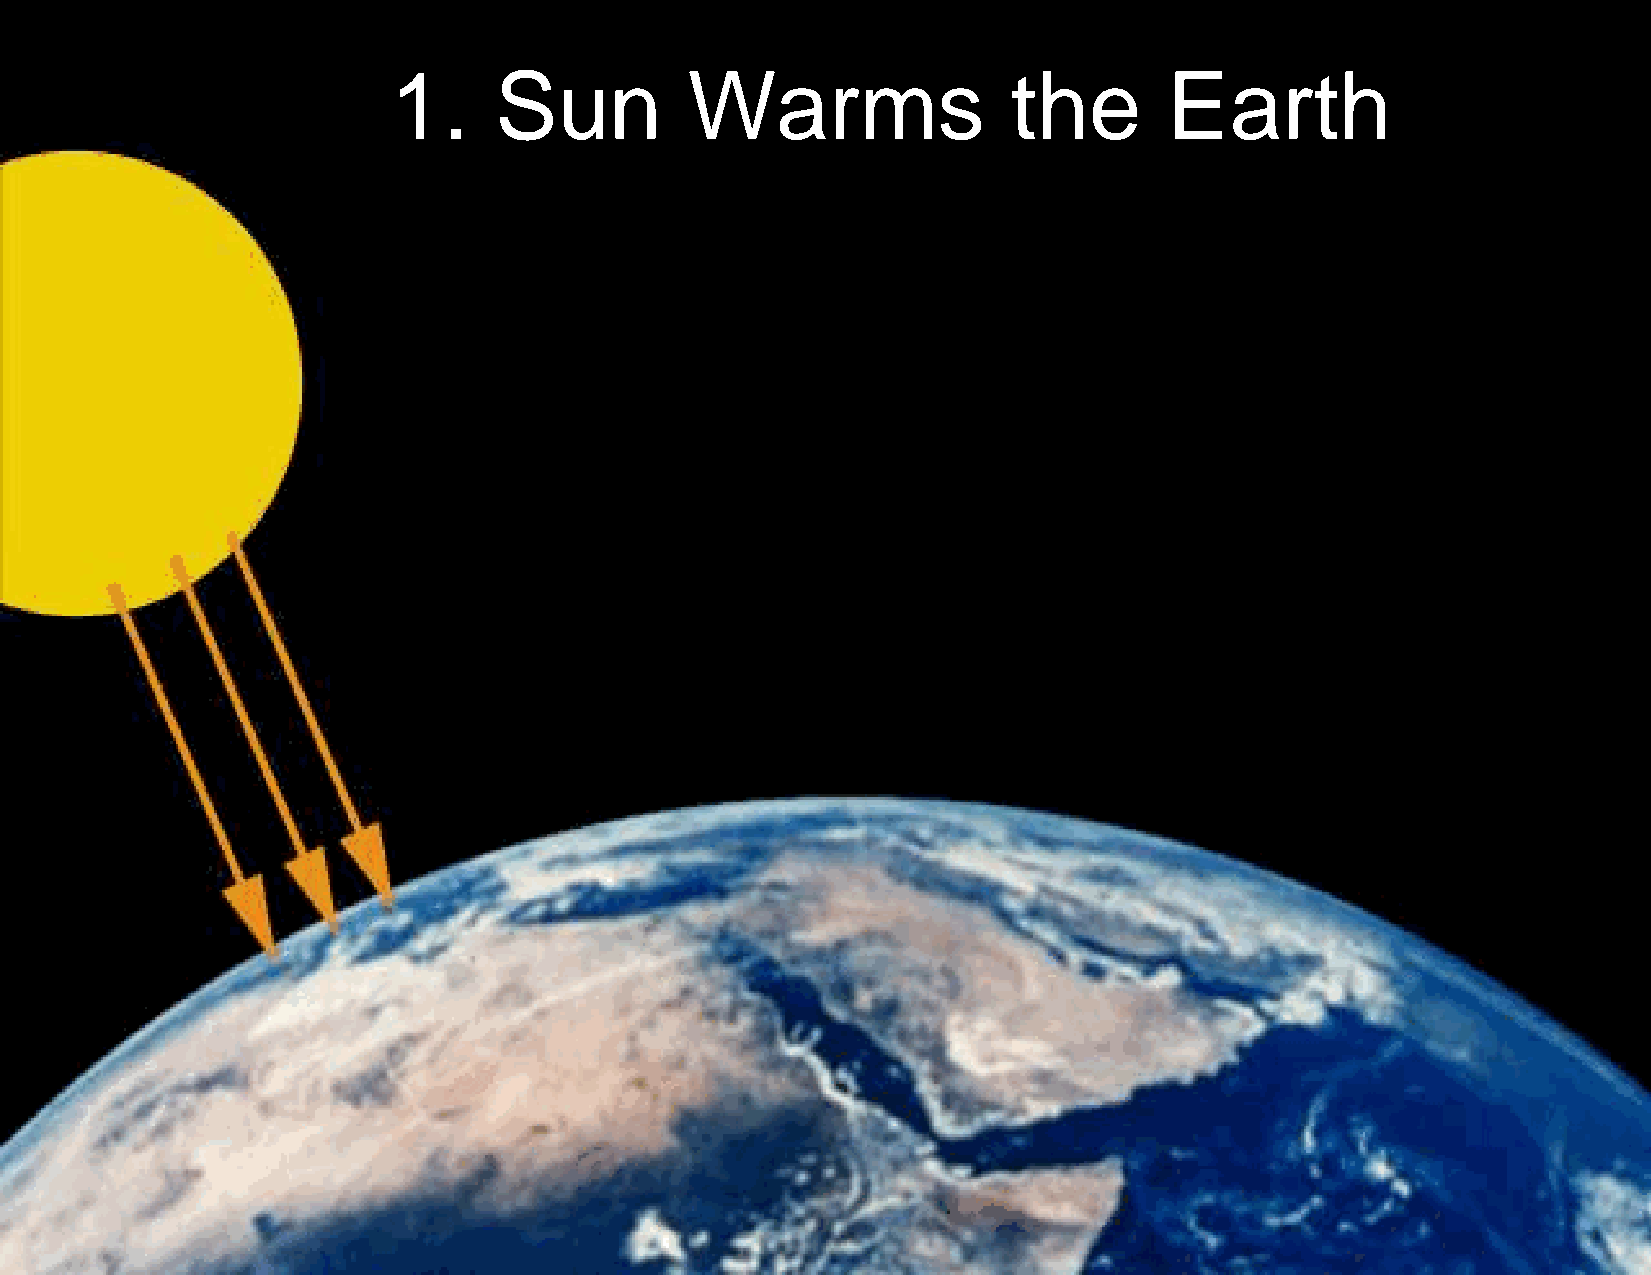
5
 1.     Sun          Warms                the       Earth